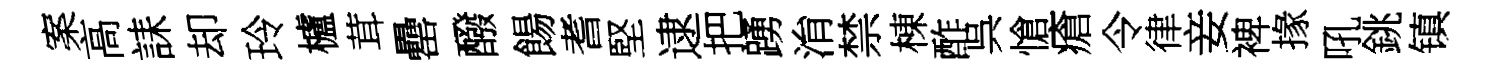
案高誄却玲櫨茸罍醱餳耆堅逮把踴㳙禁棟酢呉愴瘡令律妾裨掾吼銚镇